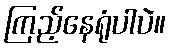
ကြည့်နေရုံပါပဲ။